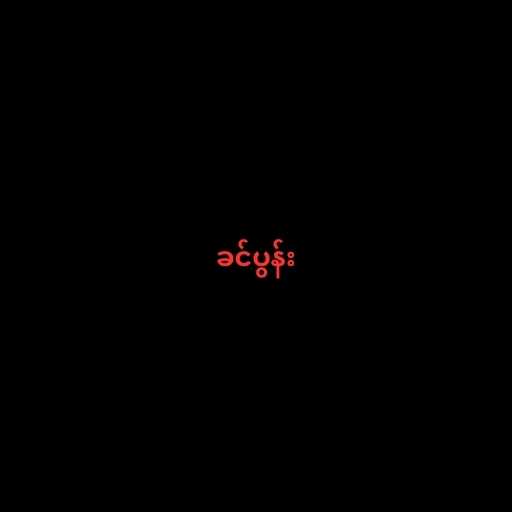
ခင်ပွန်း